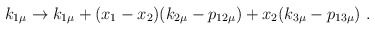
\begin{align*}k_{1 \mu} \rightarrow k_{1\mu} + (x_1 - x_2) (k_{2\mu} - p_{12 \mu}) + x_2 (k_{3\mu} - p_{13\mu})\ .\end{align*}